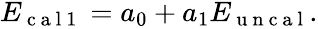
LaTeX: \begin{array}{r}{E_{\mathrm{~c~a~l~1~}}=a_{0}+a_{1}E_{\mathrm{~u~n~c~a~l~}}.}\end{array}